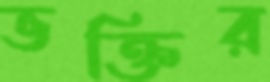
ভক্তির